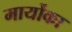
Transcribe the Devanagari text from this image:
मार्योका